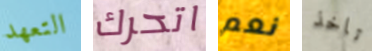
التعهد اتحرك نعم تاخذ